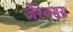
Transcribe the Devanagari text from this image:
जेरेक्सस